Civil Veterinary Dept. Assam report 1911-1927 - 1911-1927
Year: 1911
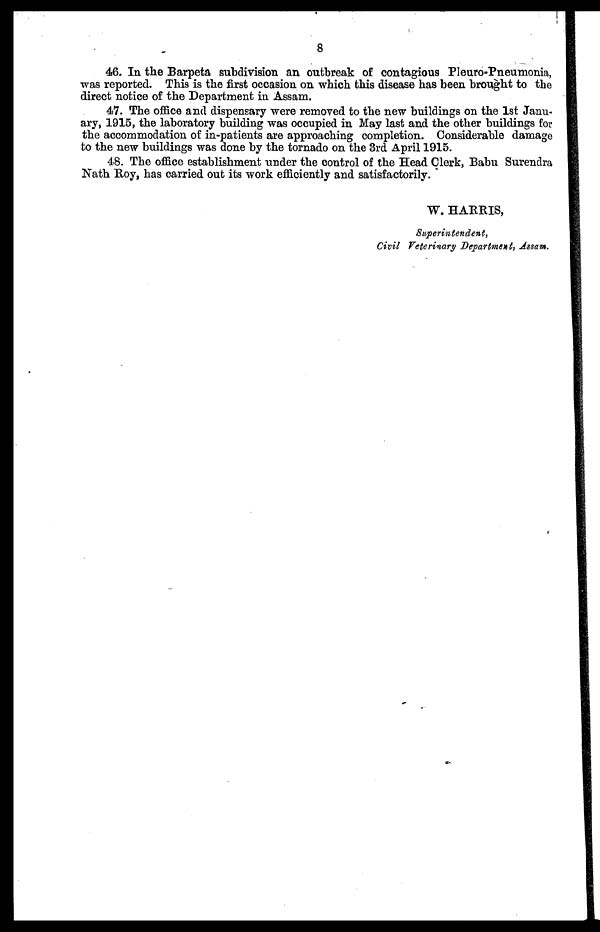
8
46. In the Barpeta subdivision an outbreak of contagious Pleuro-Pneumonia,
was reported. This is the first occasion on which this disease has been brought to the
direct notice of the Department in Assam.
47. The office and dispensary were removed to the new buildings on the 1st Janu-
ary, 1915, the laboratory building was occupied in May last and the other buildings for
the accommodation of in-patients are approaching completion. Considerable damage
to the new buildings was done by the tornado on the 3rd April 1915.
48. The office establishment under the control of the Head Clerk, Babu Surendra
Nath Roy, has carried out its work efficiently and satisfactorily.
W. HARRIS,
Superintendent,
Civil Veterinary Department) Assam.